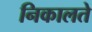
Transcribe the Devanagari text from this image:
निकालते